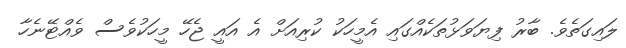
ލައިގަތެވެ. ބާރު ފިޔަވަޅުތަކެއްގައި އެމީހަކު ކުރިއަށް އެ އައީ ޖެހޭ މީހަކުވެސް ވެއްޓޭނެހާ